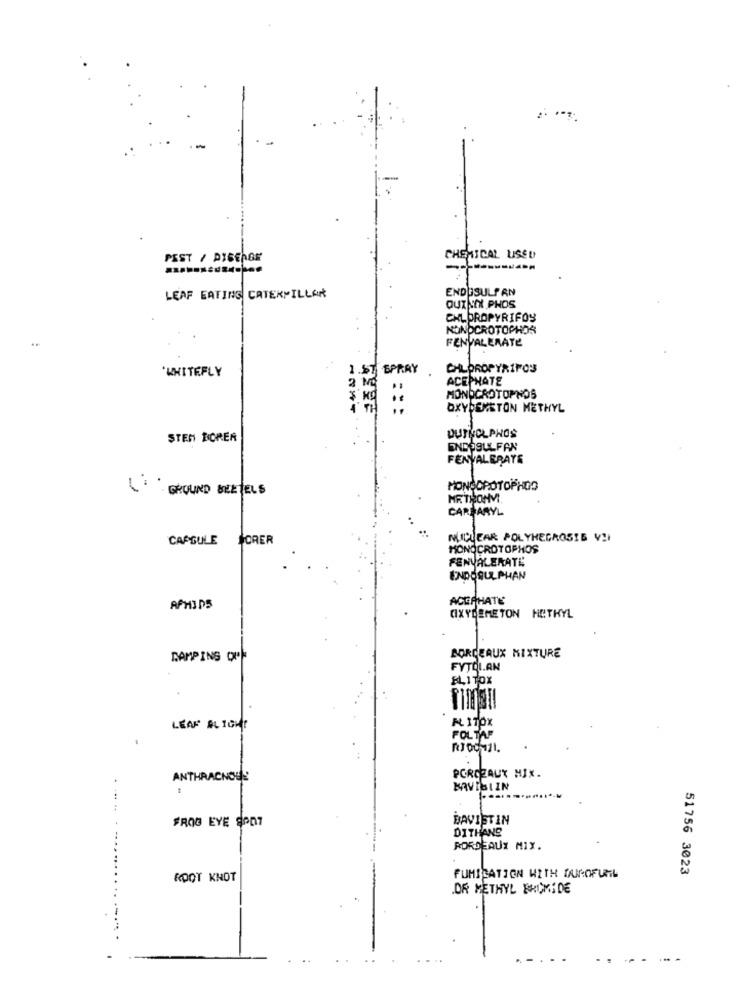
CHEMICAL USED
PEST / PIBEROR
ENDOSULFAN
LEAF EATING CATERPILLAR
QUINDI PHOS
CHLOROPYRIFOS
KONDCROTOPHOR
FENVALERATE
WHITEFLY
1.ST
SPRAY
CHLPROPYRIFOS
2 M
ACEPHATE
MONOCROTOPNOS
OXYDENETON METHYL
QUINOLPHOS
STEM PORER
ENDOSULFAN
FENVALERATE
GROUND BEETELS
MONSOPOTOPHOS
METRONVI.
CAREARYL
CAPSULE FORER
MICLEAR POLYHEGROSIS VII
MONOCROTOPHOS
FENVALERATE:
ACERHATE
AFHIDS
CIXYDEMETON HETHYL
BORDEAUX MIXTURE
CAMPING OU
FYTOI.AN
BLITOX
A 170x
LEAF ALIGHT
FOLTAF
POROZAUX MIX.
ANTHRACNOUS
FROG EYE SONT
BAVIST IN
DITHANS
BORDEAUX MIX.
51756 3023
ROOT KNOT
FUMIGATION WITH DUOFURL
.OR METHYL BROMIDE